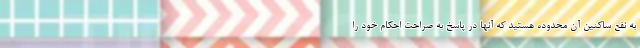
به نفع ساکنین آن محدوده هستید که آنها در پاسخ به صراحت احکام خود را